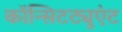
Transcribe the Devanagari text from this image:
कॉन्सिटट्युएंट